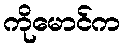
ကိုမောင်က